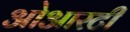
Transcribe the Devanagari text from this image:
ओआरटी